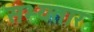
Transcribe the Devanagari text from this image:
सभ्यतार